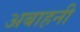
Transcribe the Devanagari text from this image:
अबाहनी